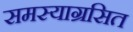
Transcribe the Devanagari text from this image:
समस्याग्रसित